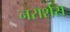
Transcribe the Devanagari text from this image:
नरार्शस